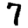
Digit: 7